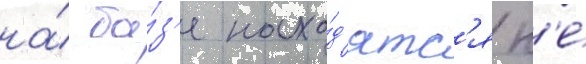
на́ ба́з'е нахо́д'ятс'я н'е́